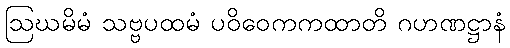
ဩဃမိမံ သဗ္ဗပထမံ ပဝိဝေကကထာတိ ဂဟဏဋ္ဌာနံ